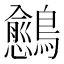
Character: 𬷴